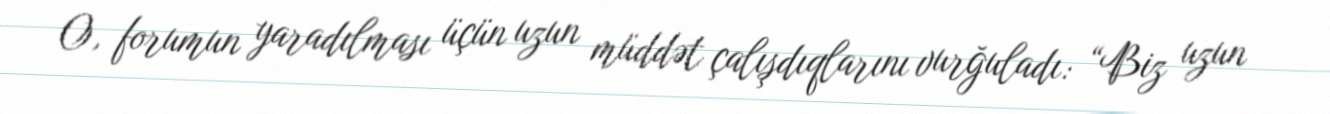
O, forumun yaradılması üçün uzun müddət çalışdıqlarını vurğuladı: “Biz uzun